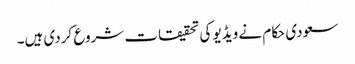
سعودی حکام نے ویڈیو کی تحقیقات شروع کردی ہیں۔